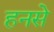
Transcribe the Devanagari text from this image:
हनसे